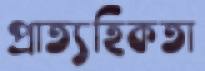
প্রাত্যহিকতা